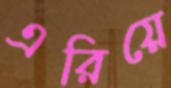
এরিয়ে